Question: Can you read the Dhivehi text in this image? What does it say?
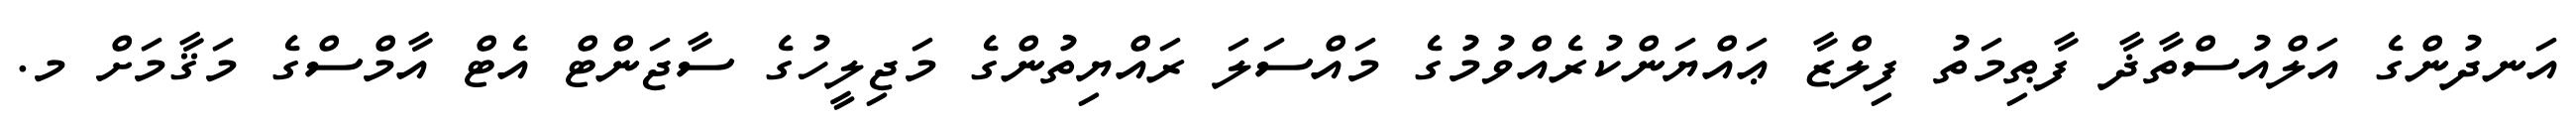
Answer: އަނދުންގެ އަލްއުސްތާޛާ ފާޠިމަތު ފިލްޒާ ޢައްޔަންކުރެއްވުމުގެ މައްސަލަ ރައްޔިތުންގެ މަޖިލީހުގެ ސާޖަންޓް އެޓް އާމްސްގެ މަޤާމަށް މ.